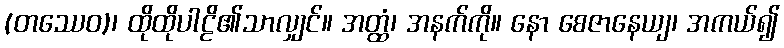
(တဿေဝ)၊ ထိုထိုပါဠိ၏သာလျှင်။ အတ္ထံ၊ အနက်ကို။ နော စေဇာနေယျ၊ အကယ်၍